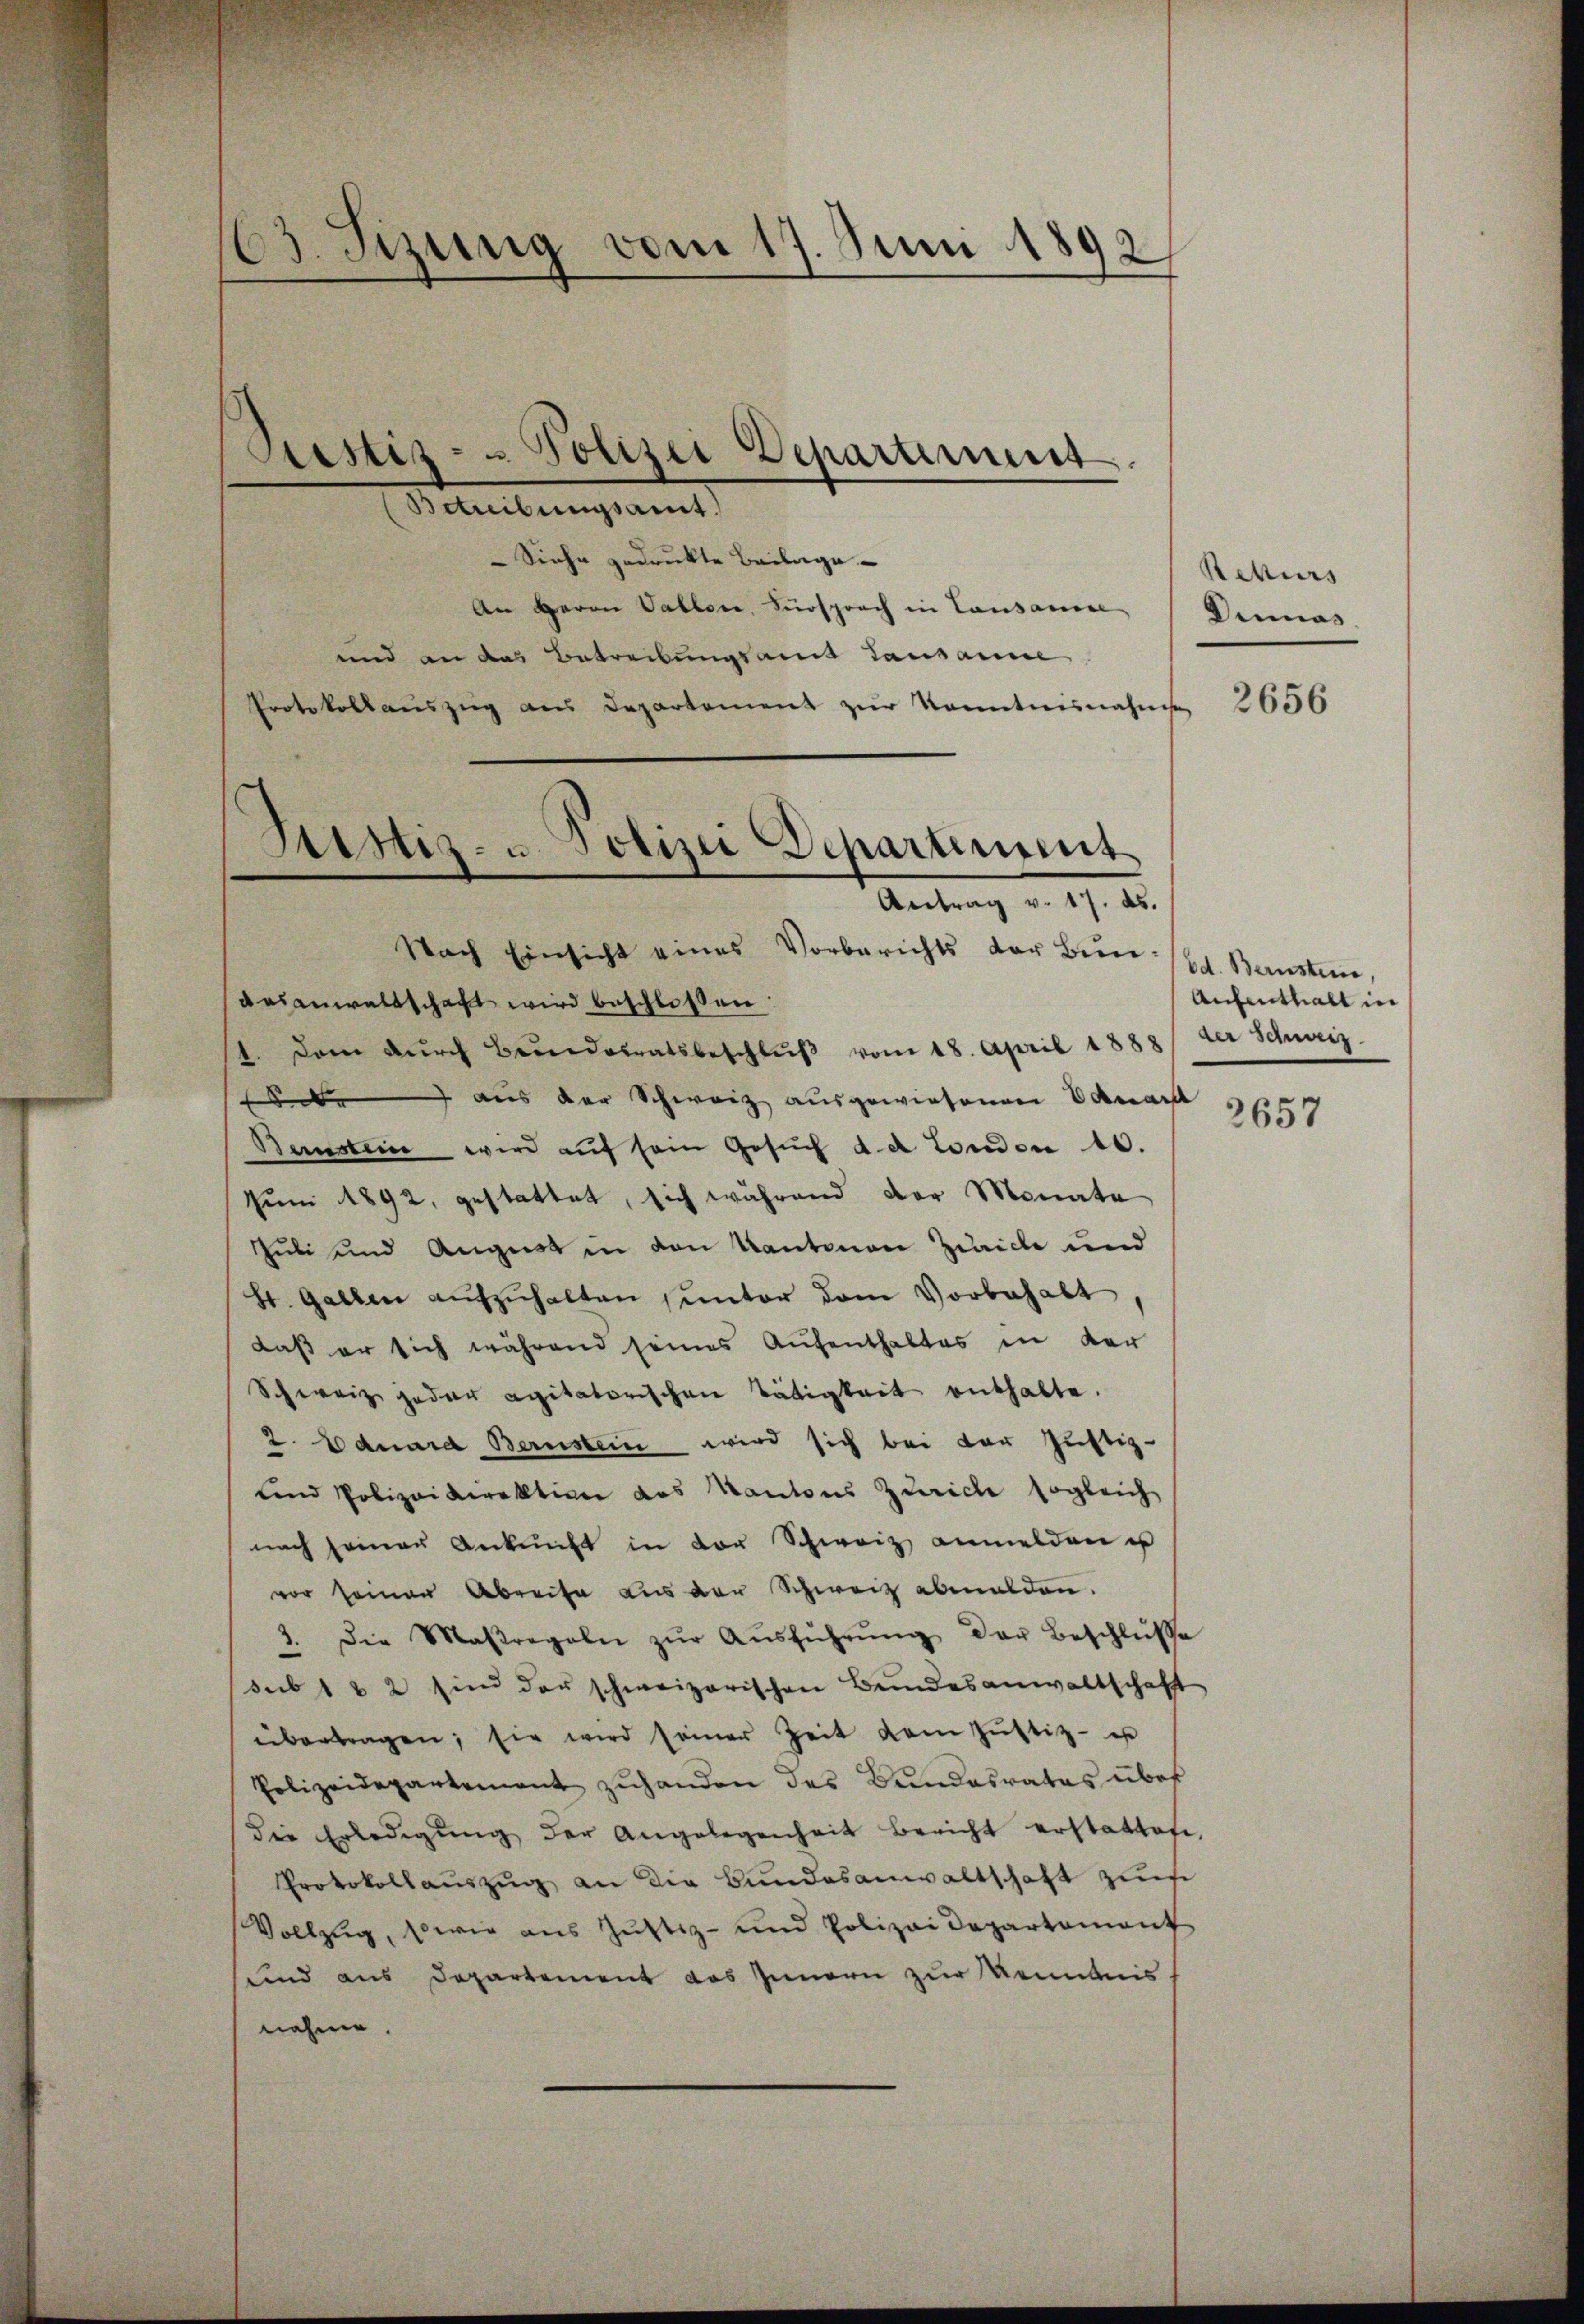
63. Sizung vom 17. Juni 1892

Berbungsamt
Siehe gedruckte Beilage
An Herrn Vallere, Fürsprach in Lausame
und an das Betreibungsamt Lausanne
Protokollauszug aus Departement zur Kenntnisnahme

Justiz- & Polizei Departement.

Sistiz- u. Polizei Departiment
Antrag v. 17. ds.

Nach Einsicht eines Vorberichts der Bunaasanwaltschaft wird beschloßen:
dam durch Bundesratsbeschlŭβ vom 18. April 1888
be aus der Schweiz ausgewiesenen Odenart
Berstein wird auf sein Gesŭch d. d. London 10.
Jum 1892, gestattet, sich während der Monate
Juli und August in den Kantonen Zürich und
St. Gallen aŭfzŭhalten unter dem Vorbehalt
daß er sich während seines Aufenthaltes in der
Schweiz jeder agitatorischen Tätigkeit enthalte.
2. Eduard Bernstein wird sich bei der Justiz-
und Polizeidirektion des Kantons Zürich sogleich
nach seiner Ankunft in der Schweiz anmelden u
vor seinen Abreise aus der Schweiz abmalden.
3. Die Maßregeln zŭr Aŭsführŭng der Beschlüsse
sub 1 & 2 sind der schweizerischen Bundesanwaltschaft
übertragen; sie wird seiner Zeit dem Zŭstiz- u
Polizeidepartement zŭhanden des Bundesrates über
die Erledigŭng der Angelegenheit bericht erstattafe
Protokollaŭszŭg an die Bundesanwaltschaft zum
Vollzug, so wie aus Jŭstiz- und Polizeidepartement
sind aus Departement das Innern zur Kenntnis
nehme.

Rekurs
Dinnas.

2656

Ed. Bernsteine
Aufenthalt in
der Schnees
de

2657